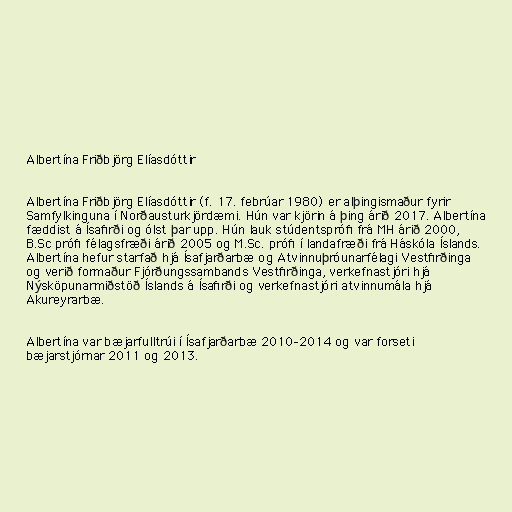
Albertína Friðbjörg Elíasdóttir

Albertína Friðbjörg Elíasdóttir (f. 17. febrúar 1980) er alþingismaður fyrir
Samfylkinguna í Norðausturkjördæmi. Hún var kjörin á þing árið 2017. Albertína
fæddist á Ísafirði og ólst þar upp. Hún lauk stúdentsprófi frá MH árið 2000,
B.Sc prófi félagsfræði árið 2005 og M.Sc. prófi í landafræði frá Háskóla Íslands.
Albertína hefur starfað hjá Ísafjarðarbæ og Atvinnuþróunarfélagi Vestfirðinga
og verið formaður Fjórðungssambands Vestfirðinga, verkefnastjóri hjá
Nýsköpunarmiðstöð Íslands á Ísafirði og verkefnastjóri atvinnumála hjá
Akureyrarbæ.

Albertína var bæjarfulltrúi í Ísafjarðarbæ 2010–2014 og var forseti
bæjarstjórnar 2011 og 2013.